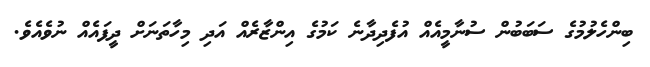
ބިންހެލުމުގެ ސަބަބުން ސުނާމީއެއް އުފެދިދާނެ ކަމުގެ އިންޒާރެއް އަދި މިހާތަނަށް ދީފައެއް ނުވެއެވެ.